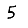
Digit: 5